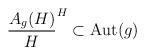
LaTeX: \begin{align*}\frac{A_g(H)}{H} \sp H \subset {\rm Aut}(g)\end{align*}